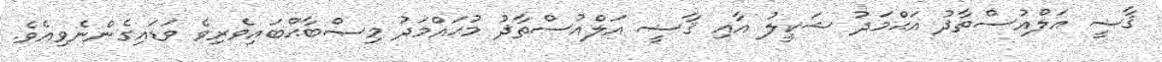
ޤާޟީ އަލްއުސްތާޛު އަޙްމަދު ޝަކީލު އާއި ޤާޟީ އަލްއުސްތާޛު މުޙައްމަދު މިޞްބާޙްބައިވެރިވެ ވަޑައިގެންނެވިއެވެ.